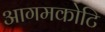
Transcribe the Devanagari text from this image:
आगमकोटि